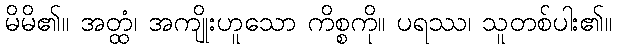
မိမိ၏။ အတ္ထံ၊ အကျိုးဟူသော ကိစ္စကို။ ပရဿ၊ သူတစ်ပါး၏။